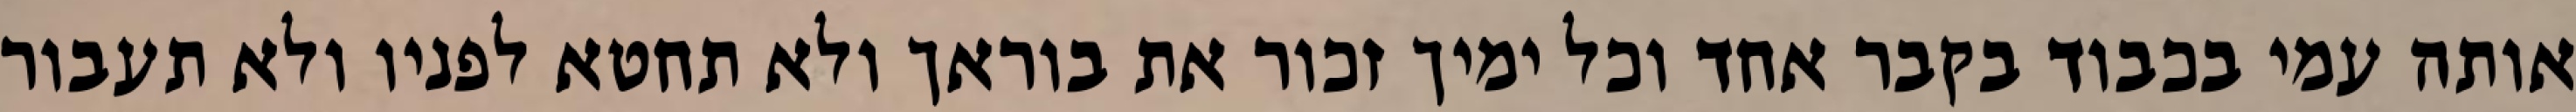
אותה עמי בכבוד בקבר אחד וכל ימיך זכור את בוראך ולא תחטא לפניו ולא תעבור